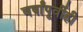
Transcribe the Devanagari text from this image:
वर्षांपूर्वीही